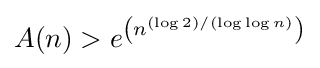
A(n)>e^{\left(n^{(\log 2)/(\log \log n)}\right)}